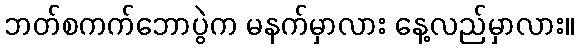
ဘတ်စကက်ဘောပွဲက မနက်မှာလား နေ့လည်မှာလား။